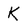
Character: K